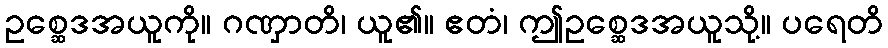
ဥစ္ဆေဒအယူကို။ ဂဏှာတိ၊ ယူ၏။ ဧတံ၊ ဤဥစ္ဆေဒအယူသို့။ ပရေတိ